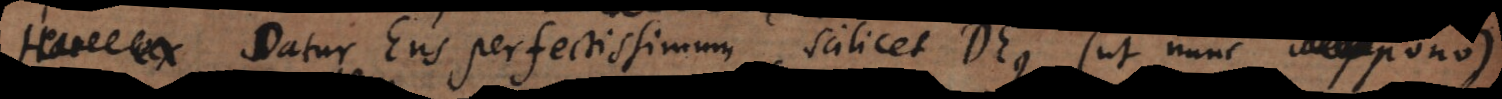
Datur Ens perfectissimum, scilicet Deus (ut nunc suppono